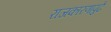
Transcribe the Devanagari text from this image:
राजकारणापुढे